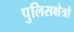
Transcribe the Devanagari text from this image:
पुलिसक्षेत्रों